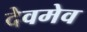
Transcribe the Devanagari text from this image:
देवमेव